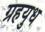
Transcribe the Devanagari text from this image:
ग्रहयुध